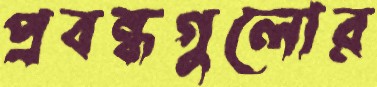
প্রবন্ধগুলোর